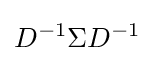
D^{-1}\Sigma D^{-1}